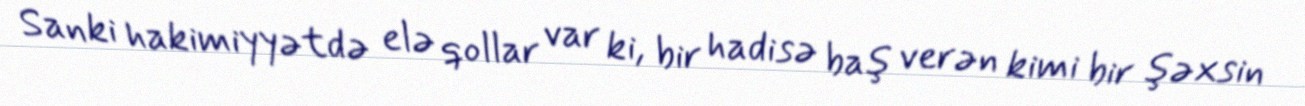
Sanki hakimiyyətdə elə qollar var ki, bir hadisə baş verən kimi bir şəxsin